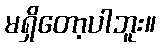
မရှိတော့ပါဘူး။